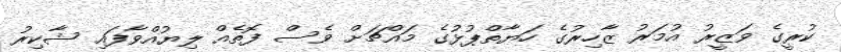
ކުރީގެ ވަޒީރު އުމަރު ޒާހިރުގެ ހަޔާތްޕުޅުގެ މައްޗަށް ވެސް ފޮތެއް ލިޔުއްވާފައި ޝާކިރު